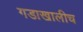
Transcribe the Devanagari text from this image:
गडाखालीच